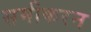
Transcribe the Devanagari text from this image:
समीकरन